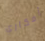
أفكاري